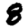
Digit: 8